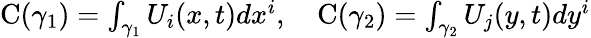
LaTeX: \begin{array}{r}{\mathrm{C}(\gamma_{1})=\int_{\gamma_{1}}U_{i}(x,t)dx^{i},~~~~\mathrm{C}(\gamma_{2})=\int_{\gamma_{2}}U_{j}(y,t)dy^{i}}\end{array}